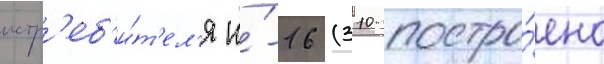
истр'еб'и́т'ел'я и́-16 (310 постро́ено